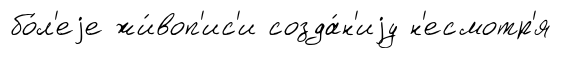
бо́л'еjе жи́воп'ис'и созда́н'иjу н'есмотр'я